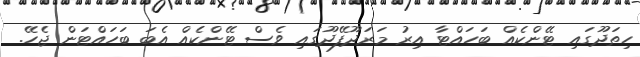
ހިތަދޫގައި ޓޭންކެއް ބަހައްޓާ އިރު މަރަދޫފޭދޫގައި ވެސް ޓޭންކެއް އެބަ ބަހައްޓަން ޖެހޭ.